Vaccination in Bombay 1874-1876 - 1874-1876
Year: 1874
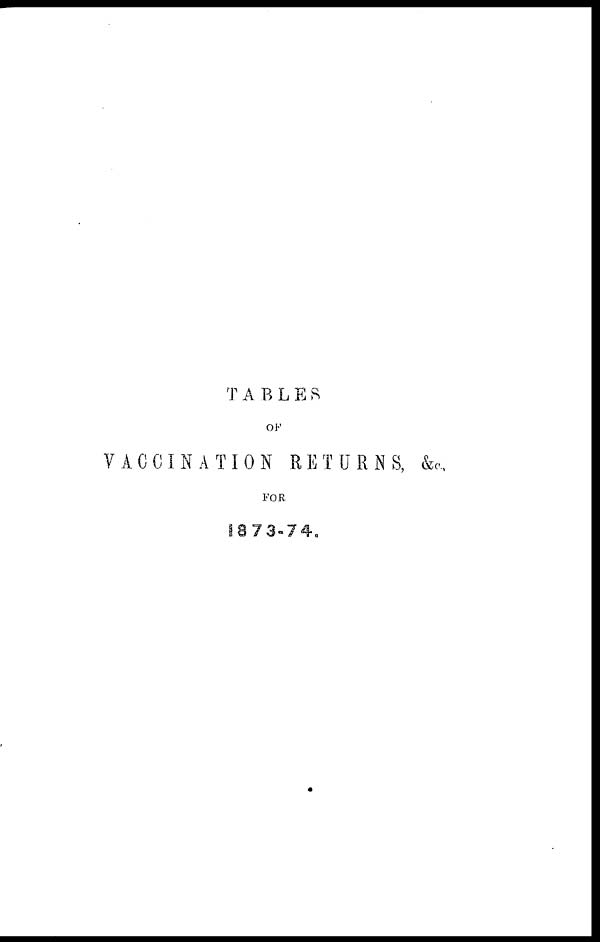
TABLES
OF
VACCINATION RETURNS, &c.,
FOR
1873-74.